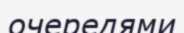
очередями